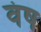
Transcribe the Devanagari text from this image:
वंष